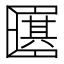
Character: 𠥩